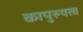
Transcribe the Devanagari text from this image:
कापुरुषत्व